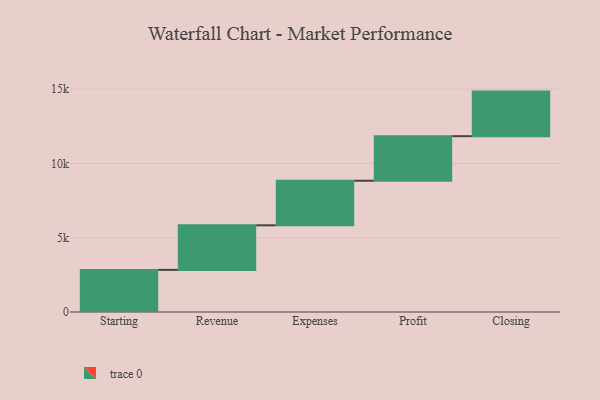
{"axis": {"x": "Step", "y": "Value"}, "legend": [""], "data": [{"x": "Starting", "y": 2835.0, "type": ""}, {"x": "Revenue", "y": 3000, "type": ""}, {"x": "Expenses", "y": 3000, "type": ""}, {"x": "Profit", "y": 3000, "type": ""}, {"x": "Closing", "y": 3000, "type": ""}]}